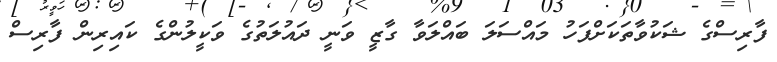
ފާރިސްގެ ޝަކުވާތަކަށްފަހު މައްސަލަ ބައްލަވާ ގާޒީ ވަނީ ދައުލަތުގެ ވަކީލުންގެ ކައިރިން ފާރިސް